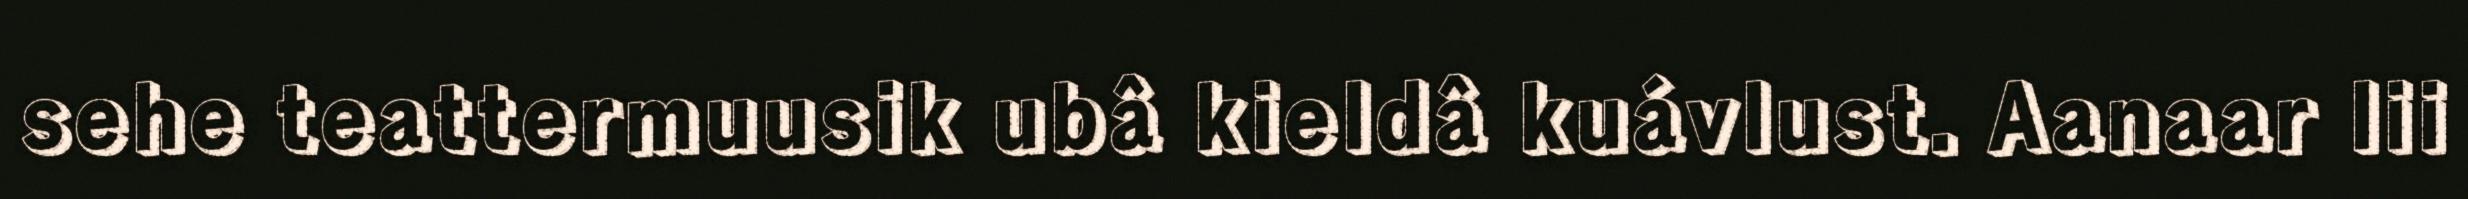
sehe teattermuusik ubâ kieldâ kuávlust. Aanaar lii